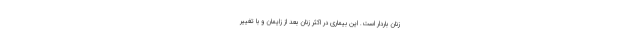
زنان باردار است. این بیماری در اکثر زنان بعد از زایمان و با تغییر